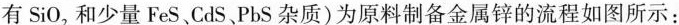
有SiO_{2}和少量FeS、CdS、PbS杂质)为原料制备金属锌的流程如图所示：